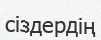
сіздердің